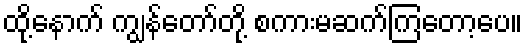
ထို့နောက် ကျွန်တော်တို့ စကားမဆက်ကြတော့ပေ။